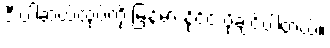
ဒီ ပါဆယ်ထုပ်ကို မြန်မာ နိုင်ငံ ပို့ချင်ပါတယ်။